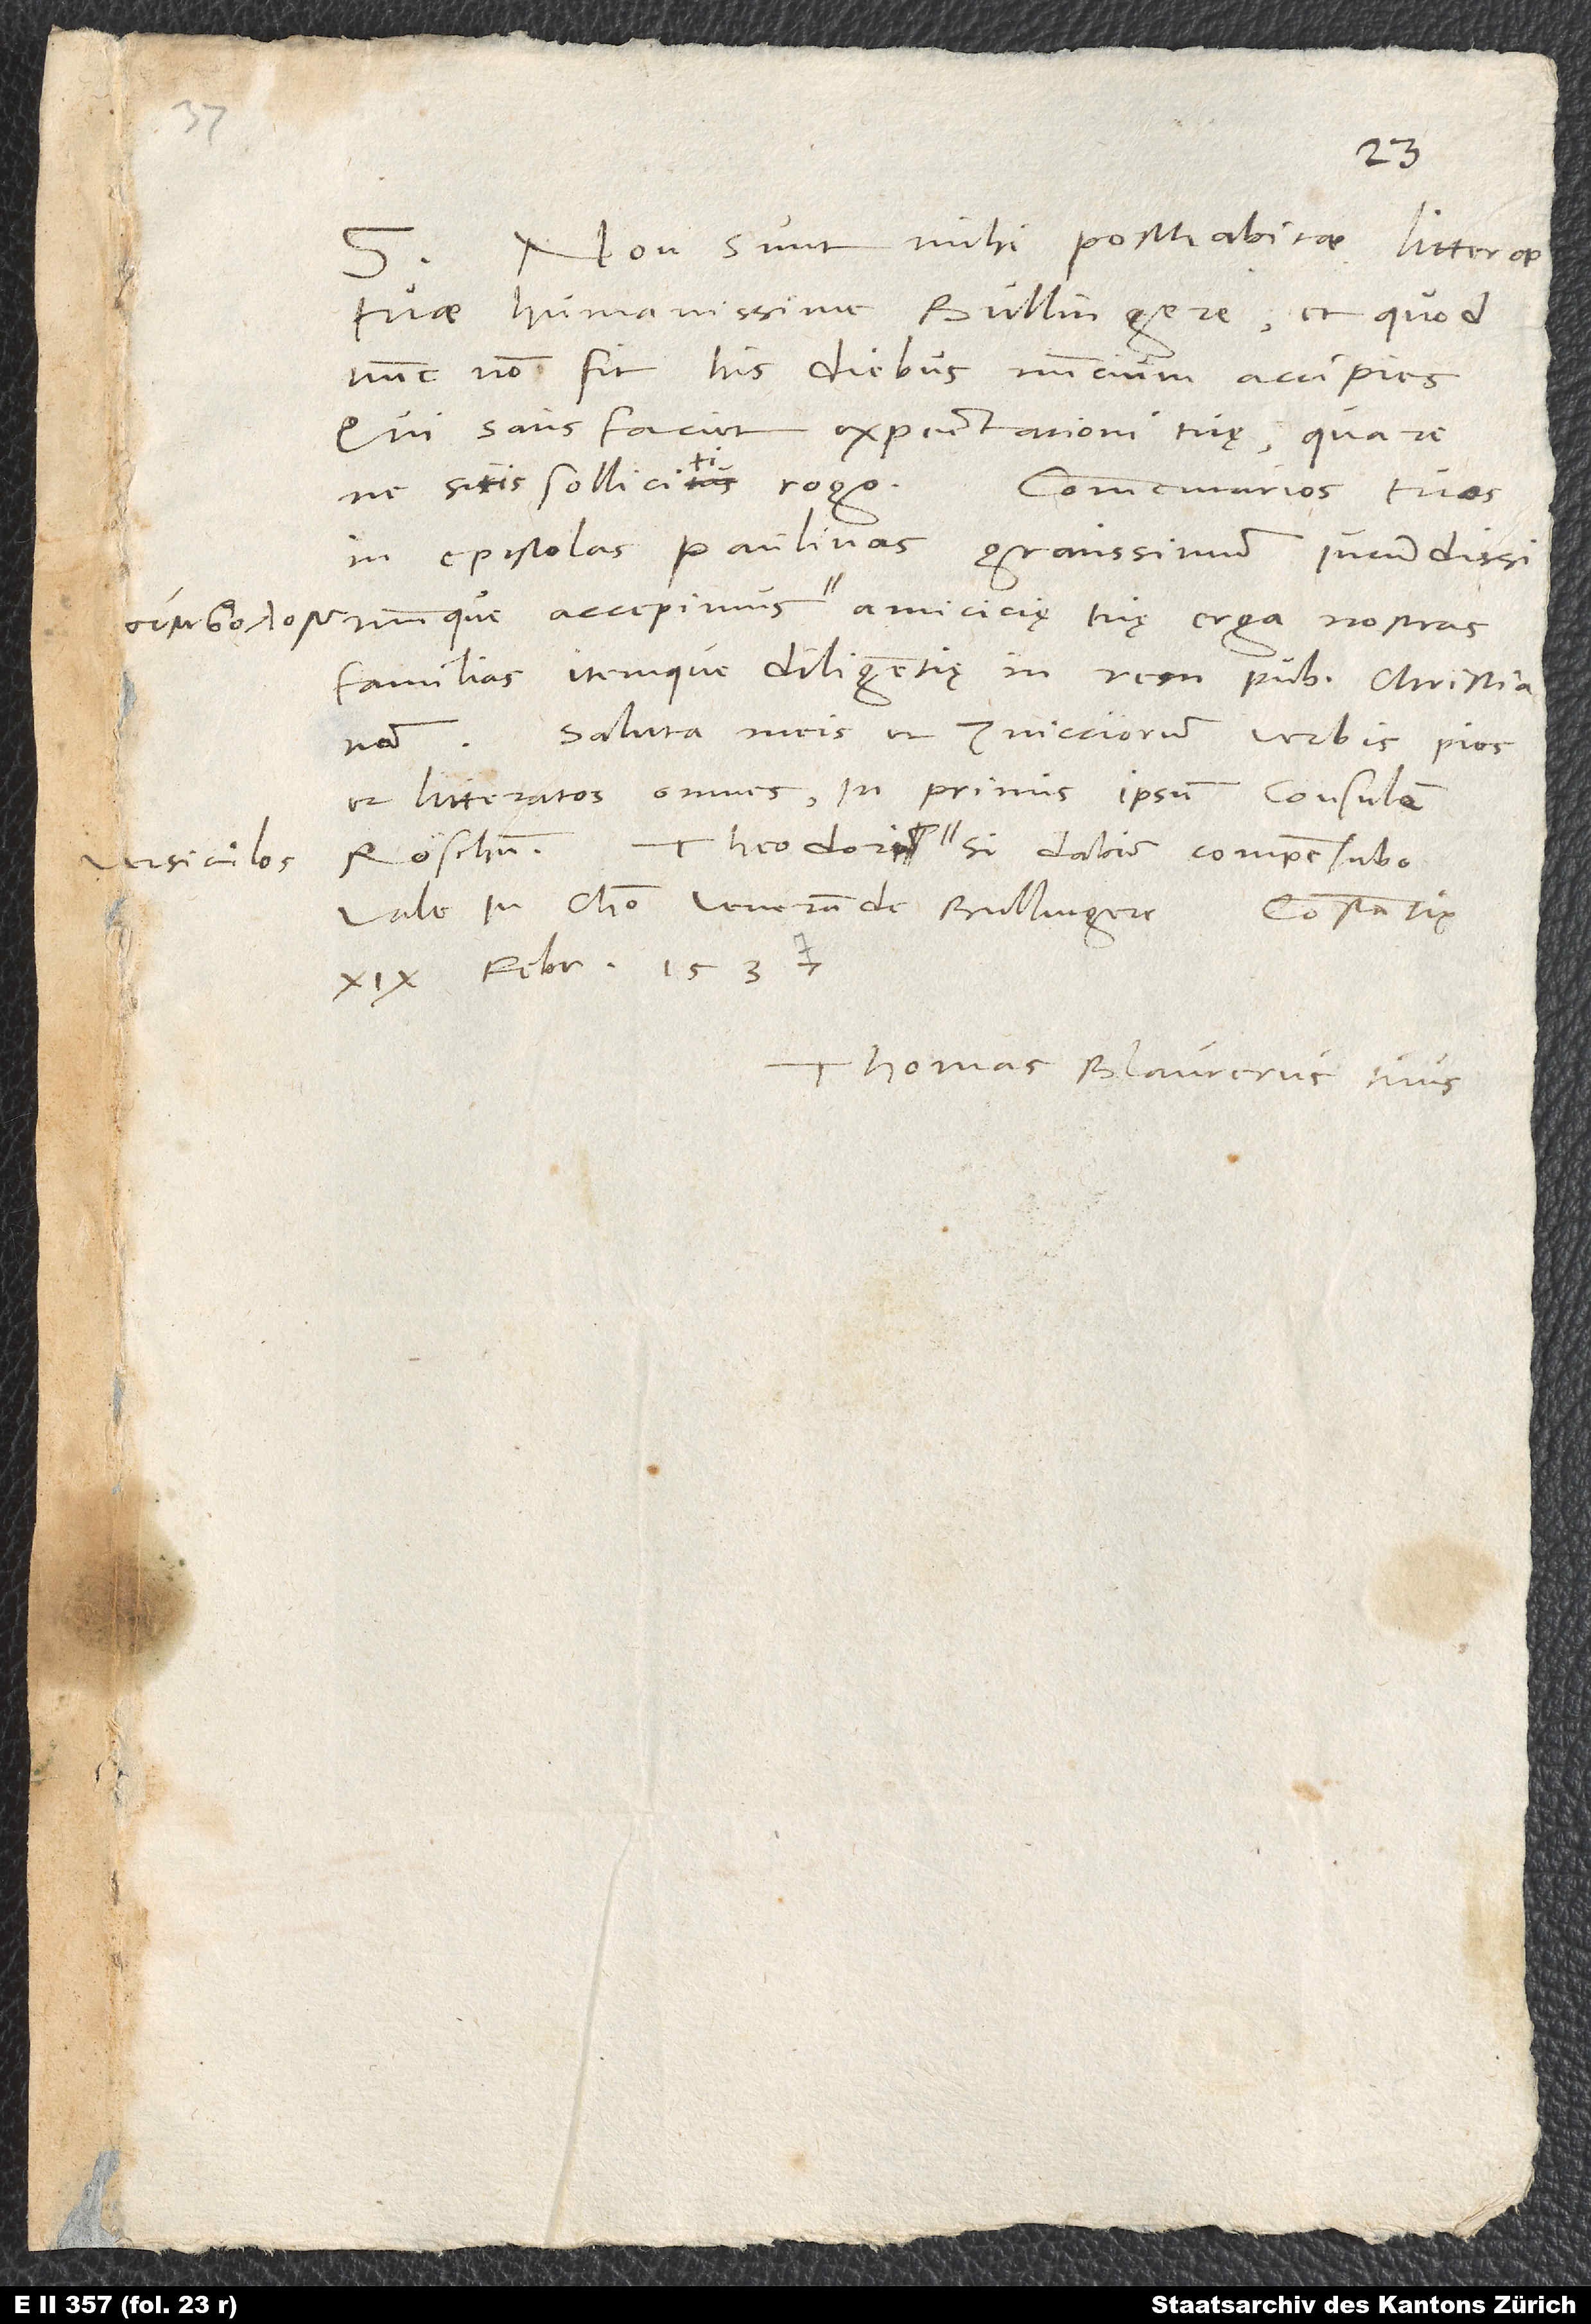
Non sunt mihi posthabitae litterae
tuae, humanissime Bullingere, et quod
nunc non fit, his diebus nuncium accipies,
qui satisfaciet expectationi tuę, quare
ne sitis solliciti rogo. Commentarios tuos
in epistolas Paulinas gravissimum iucundissimumque
accepimus amiciciae tuae erga nostras
familias itemque diligentię in rem publicam christianam.
Saluta meis et Zvicciorum verbis pios
et litteratos omnes, inprimis ipsum consulem
Theodori rsiculos, si dabis, compensabo.
Röschum.
Vale in Christo, venerande Bullingere. Constantię,
19. februarii 1537.
Thomas Blaurerus tuus.